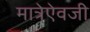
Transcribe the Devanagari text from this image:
मात्रेऐवजी